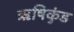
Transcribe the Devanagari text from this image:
ऋषिकुंड